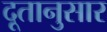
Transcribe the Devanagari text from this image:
दूतानुसार